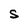
Character: S